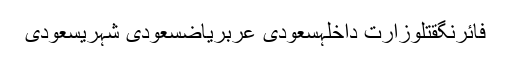
فائرنگقتلوزارت داخلہسعودی عربریاضسعودی شہریسعودی